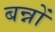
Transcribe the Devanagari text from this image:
बन्नों